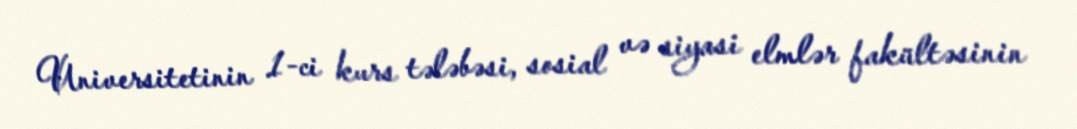
Universitetinin 1-ci kurs tələbəsi, sosial və siyasi elmlər fakültəsinin